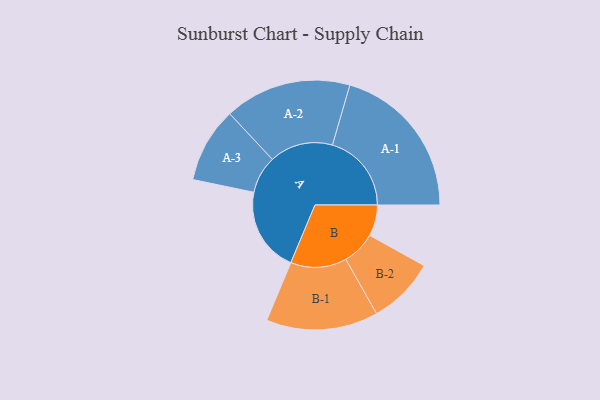
{"axis": {"x": "Segment", "y": "Value"}, "legend": ["", "A", "B"], "data": [{"x": "A", "y": 272, "type": ""}, {"x": "B", "y": 100, "type": ""}, {"x": "A-1", "y": 254, "type": "A"}, {"x": "A-2", "y": 204, "type": "A"}, {"x": "A-3", "y": 121, "type": "A"}, {"x": "B-1", "y": 180, "type": "B"}, {"x": "B-2", "y": 108, "type": "B"}]}